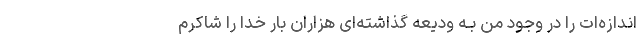
اندازه‌ات را در وجود من بـه ودیعه گذاشته‌ای هزاران بار خدا را شاکرم